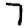
Digit: 7